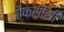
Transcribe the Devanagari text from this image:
ऍफ़सीसी